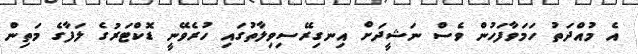
އެ މުއްދަތު ހަމަވާފަހުން ވެސް ނަޝީދަށް އިނގިރޭސިވިލާތުގައި ހުރެވޭނީ ޑޮކްޓަރުގެ ލަފާގެ މަތިން